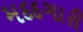
મદદગારી